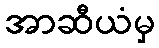
အာဆီယံမှ